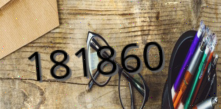
181860